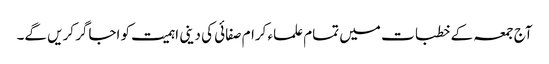
آج جمعہ کے خطبات میں تمام علماء کرام صفائی کی دینی اہمیت کو اجاگر کریں گے۔